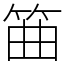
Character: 筁